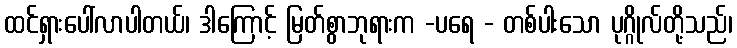
ထင်ရှားပေါ်လာပါတယ်၊ ဒါကြောင့် မြတ်စွာဘုရားက -ပရေ - တစ်ပါးသော ပုဂ္ဂိုလ်တို့သည်၊